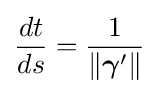
{\frac {dt}{ds}}={\frac {1}{\|{\boldsymbol {\gamma }}'\|}}